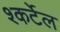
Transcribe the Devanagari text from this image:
श्कर्टेल